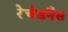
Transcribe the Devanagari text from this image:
रेचेडनैस